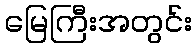
မြေကြီးအတွင်း